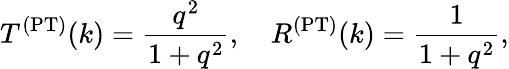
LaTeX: T^{\mathrm{(PT)}}(k)=\frac{q^{2}}{1+q^{2}},\quad R^{\mathrm{(PT)}}(k)=\frac{1}{1+q^{2}},